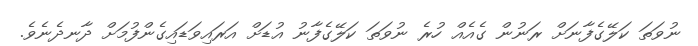
ނުވަތަ ކަލޭގެފާނަށް ރަނުން ގެއެއް ހުރެ ނުވަތަ ކަލޭގެފާނު އުޑަށް އަރައިވަޑައިގެންފުމަށް ދާނދެނެވެ.